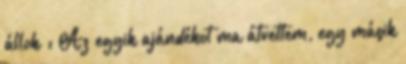
állok : Az egyik ajándékot ma átvettem, egy másik